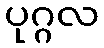
ပုဂ္ဂလ